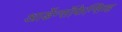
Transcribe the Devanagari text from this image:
आर्डेन्सॉफेन्सिव्ह